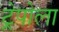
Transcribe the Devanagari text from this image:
ट्रेपोला